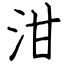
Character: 泔